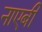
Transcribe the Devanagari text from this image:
नाएबी